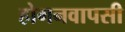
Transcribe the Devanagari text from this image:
होगनवापसी